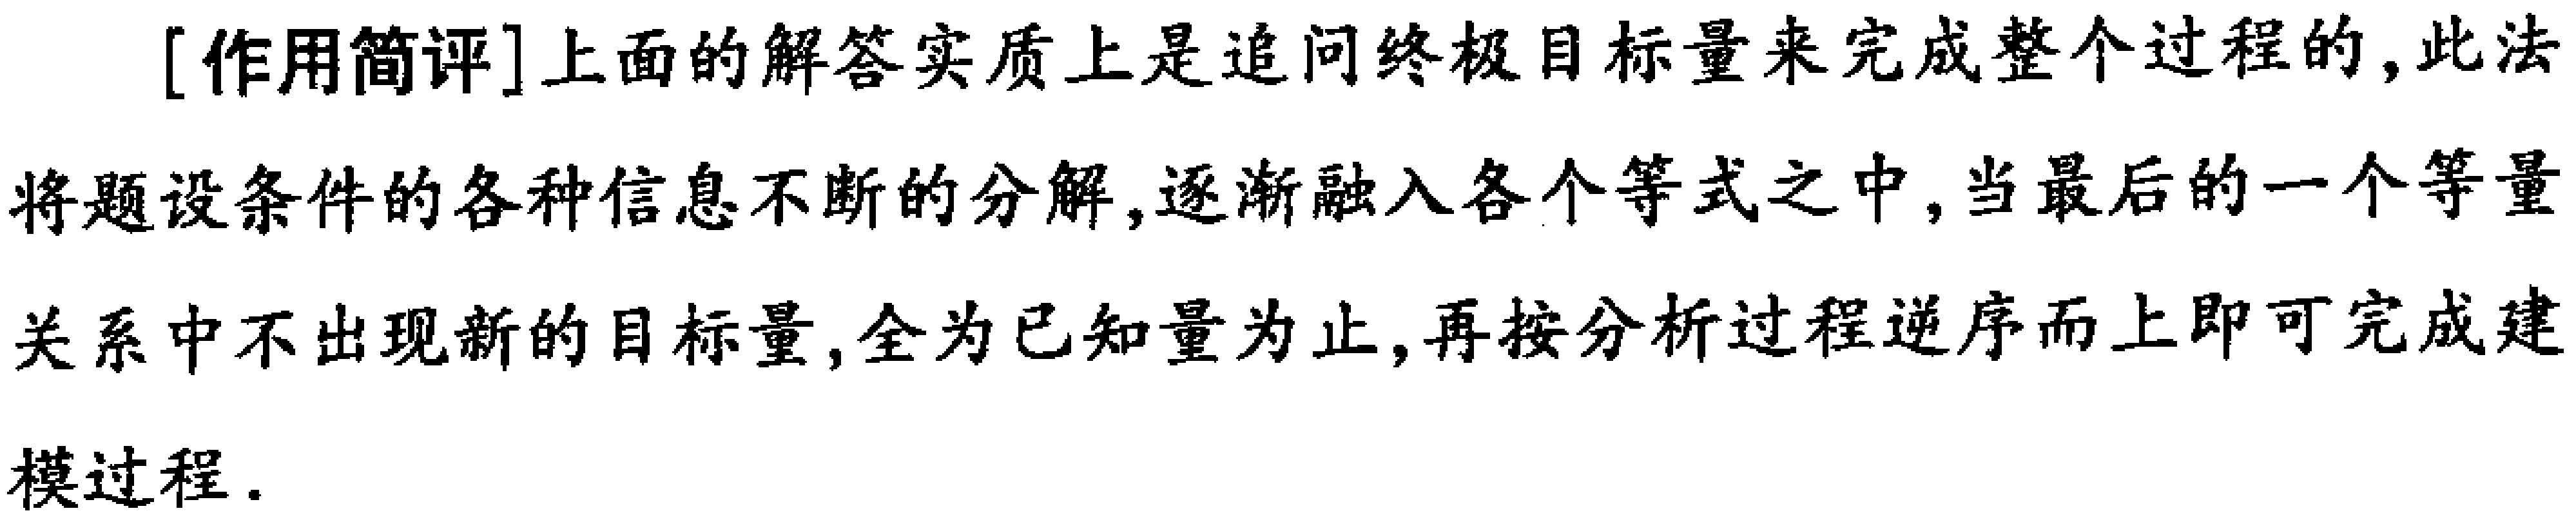
[作用简评]上面的解答实质上是追问终极目标量来完成整个过程的,此法将题设条件的各种信息不断的分解,逐渐融入各个等式之中,当最后的一个等量关系中不出现新的目标量,全为已知量为止,再按分析过程逆序而上即可完成建模过程.